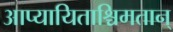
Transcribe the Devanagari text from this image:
आप्यायिताश्चिमतान्